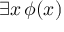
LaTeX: \exists x \, \phi ( x )